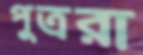
পুত্ররা